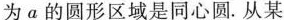
为a的圆形区域是同心圆.从某